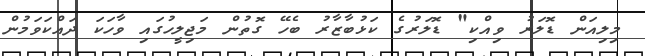
މިލިއަން ޑޮލަރު ވިއްކި" ޑޮލަރުގެ ކަޅުބާޒާރު ބެހޭ ގޮތުން މަޖިލީހުގައި ވާހަކަ ދައްކަވަމުން